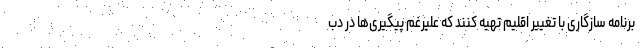
برنامه سازگاری با تغییر اقلیم تهیه کنند که علیرغم پیگیری‌ها در دب